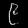
Digit: ၉